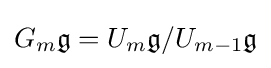
G_{m}{\mathfrak {g}}=U_{m}{\mathfrak {g}}/U_{m-1}{\mathfrak {g}}